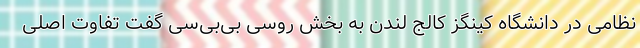
نظامی در دانشگاه کینگز کالج لندن به بخش روسی بی‌بی‌سی گفت تفاوت اصلی